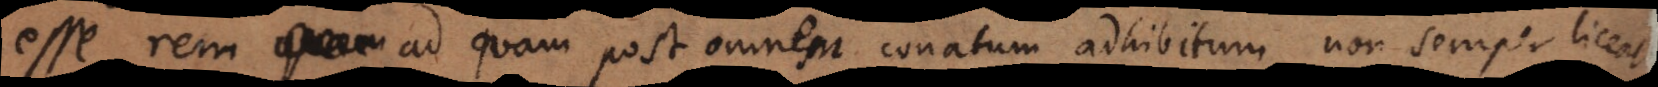
esse rem ad quam post omnem conatum adhibitum non semper liceat